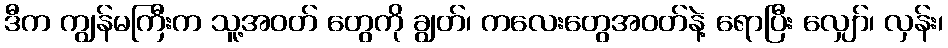
ဒီက ကျွန်မကြီးက သူ့အဝတ် တွေကို ချွတ်၊ ကလေးတွေအဝတ်နဲ့ ရောပြီး လျှော်၊ လှန်း၊